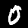
Digit: 0